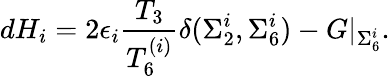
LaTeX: dH_{i}=2\epsilon_{i}{\frac{T_{3}}{T_{6}^{(i)}}}\delta(\Sigma_{2}^{i},\Sigma_{6}^{i})-G\vert_{\Sigma_{6}^{i}}.